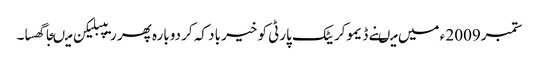
ستمبر2009 ء میں میںنے ڈیموکریٹک پارٹی کو خیر باد کہ کر دوبارہ پھر ریپبلیکن میںجا گھسا۔